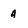
Character: 4